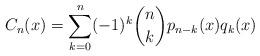
LaTeX: \begin{align*}C_n(x)=\sum_{k=0}^n (-1)^k \binom{n}{k} p_{n-k}(x)q_{k}(x) \end{align*}